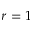
r = 1